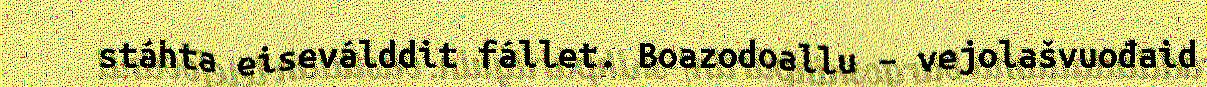
stáhta eiseválddit fállet. Boazodoallu – vejolašvuođaid